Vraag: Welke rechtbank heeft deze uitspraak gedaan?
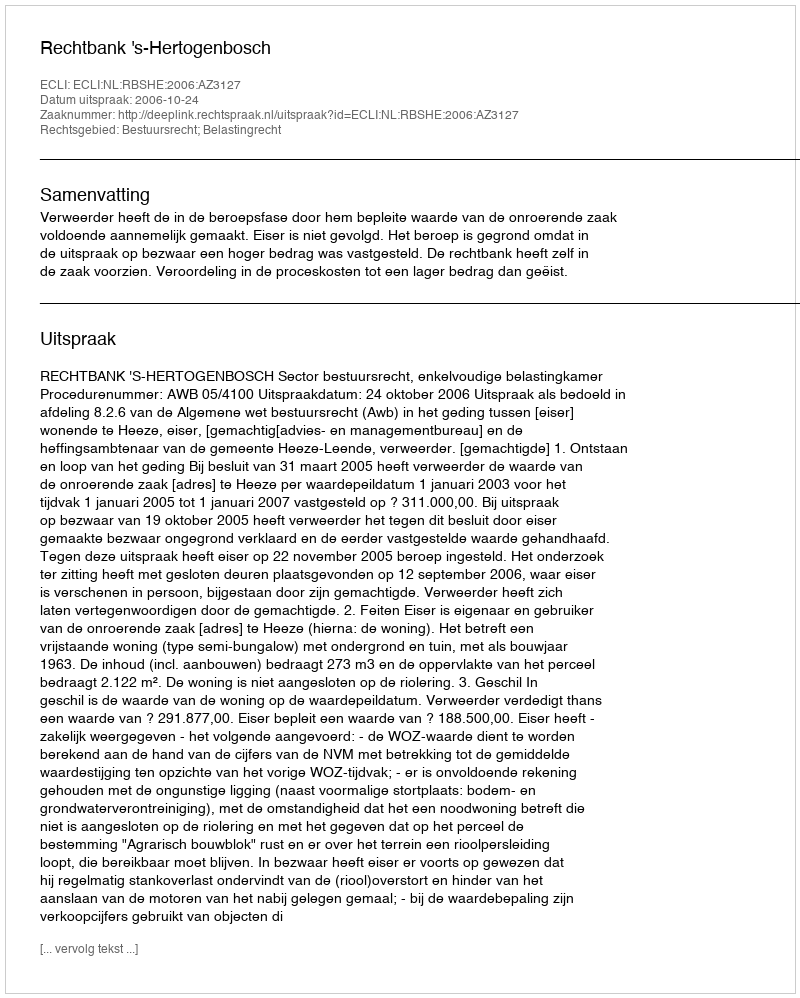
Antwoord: Rechtbank 's-Hertogenbosch